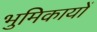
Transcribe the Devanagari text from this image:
भुमिकायों